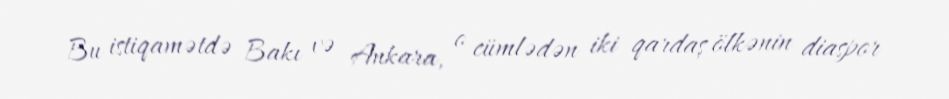
Bu istiqamətdə Bakı və Ankara, o cümlədən iki qardaş ölkənin diaspor